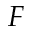
F